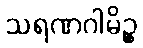
သရဏဂါမိဉ္စ